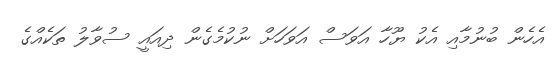
އެހެން ބުނުމާއި އެކު ޔޫހާ އަވަސް އަވަހަށް ނުކުމެގެން ދިއައީ ސުވާލު ތަކެއްގެ